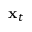
\mathbf { x } _ { t }